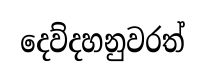
දෙව්දහනුවරත්